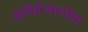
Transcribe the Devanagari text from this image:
कवितेसाठीचा